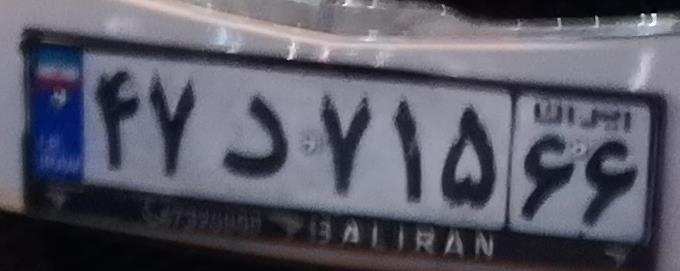
۴۷د۷۱۵۶۶